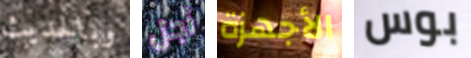
وبالحديث أجل الأجهزة بوس